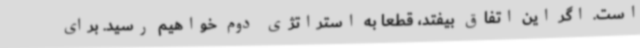
است. اگر این اتفاق بیفتد، قطعا به استراتژی دوم خواهیم رسید. برای